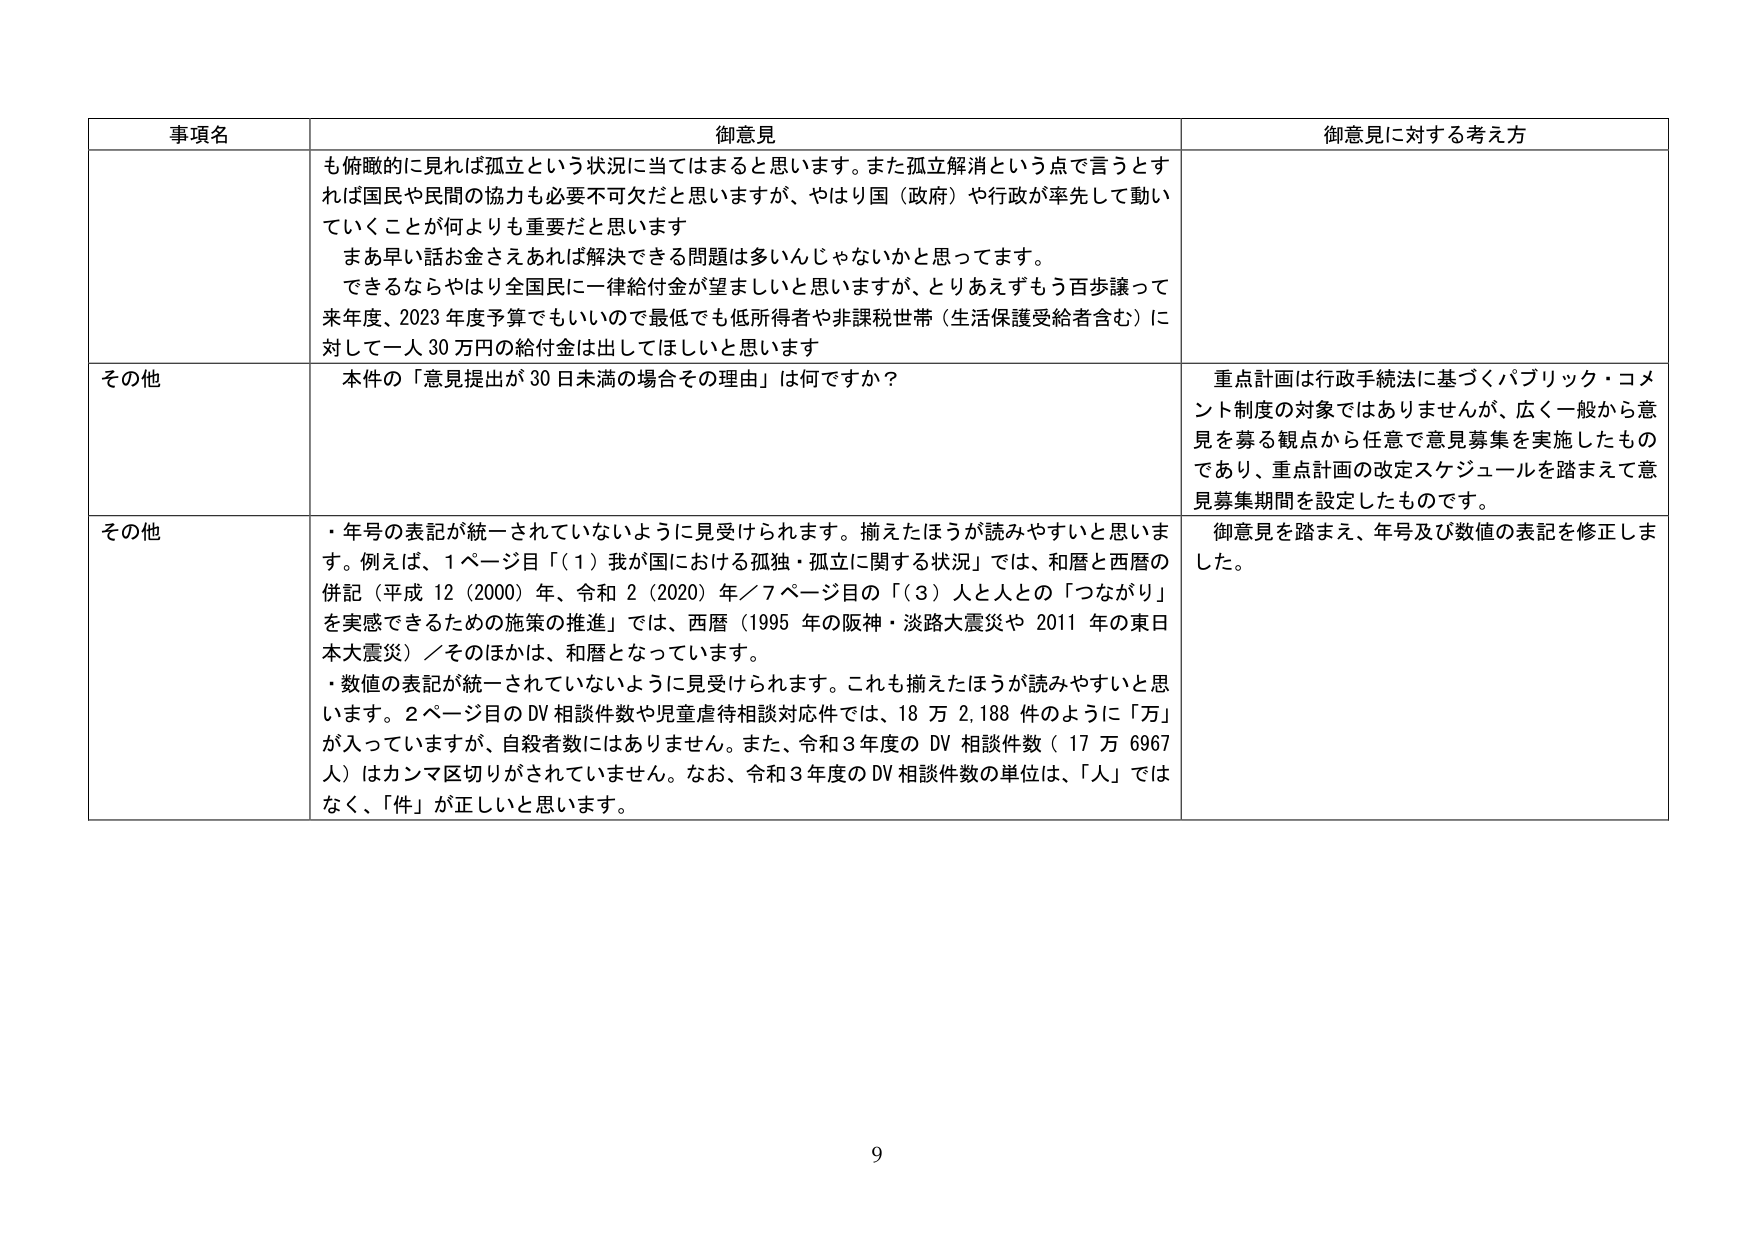
事項名 御意見 御意見に対する考え方
も俯瞰的に見れば孤立という状況に当てはまると思います。また孤立解消という点で言うとすれば国民や民間の協力も必要不可欠だと思いますが、やはり国（政府）や行政が率先して動いていくことが何よりも重要だと思います
まあ早い話お金さえあれば解決できる問題は多いんじゃないかと思ってます。
できるならやはり全国民に一律給付金が望ましいと思いますが、とりあえずもう百歩譲って来年度、2023年度予算でもいいので最低でも低所得者や非課税世帯（生活保護受給者含む）に対して一人30万円の給付金は出してほしいと思います
その他 本件の「意見提出が30日未満の場合その理由」は何ですか？ 重点計画は行政手続法に基づくパブリック・コメント制度の対象ではありませんが、広く一般から意見を募る観点から任意で意見募集を実施したものであり、重点計画の改定スケジュールを踏まえて意見募集期間を設定したものです。
その他 ・年号の表記が統一されていないように見受けられます。揃えたほうが読みやすいと思います。例えば、1ページ目「（1）我が国における孤独・孤立に関する状況」では、和暦と西暦の併記（平成12（2000）年、令和2（2020）年）／7ページ目の「（3）人と人との「つながり」を実感できるための施策の推進」では、西暦（1995年の阪神・淡路大震災や2011年の東日本大震災）／そのほかは、和暦となっています。
・数値の表記が統一されていないように見受けられます。これも揃えたほうが読みやすいと思います。2ページ目のDV相談件数や児童虐待相談対応件では、18万2,188件のように「万」が入っていますが、自殺者数にはありません。また、令和3年度のDV相談件数（17万6967人）はカンマ区切りがされていません。なお、令和3年度のDV相談件数の単位は、「人」ではなく、「件」が正しいと思います。 御意見を踏まえ、年号及び数値の表記を修正しました。
9